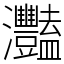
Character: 灩